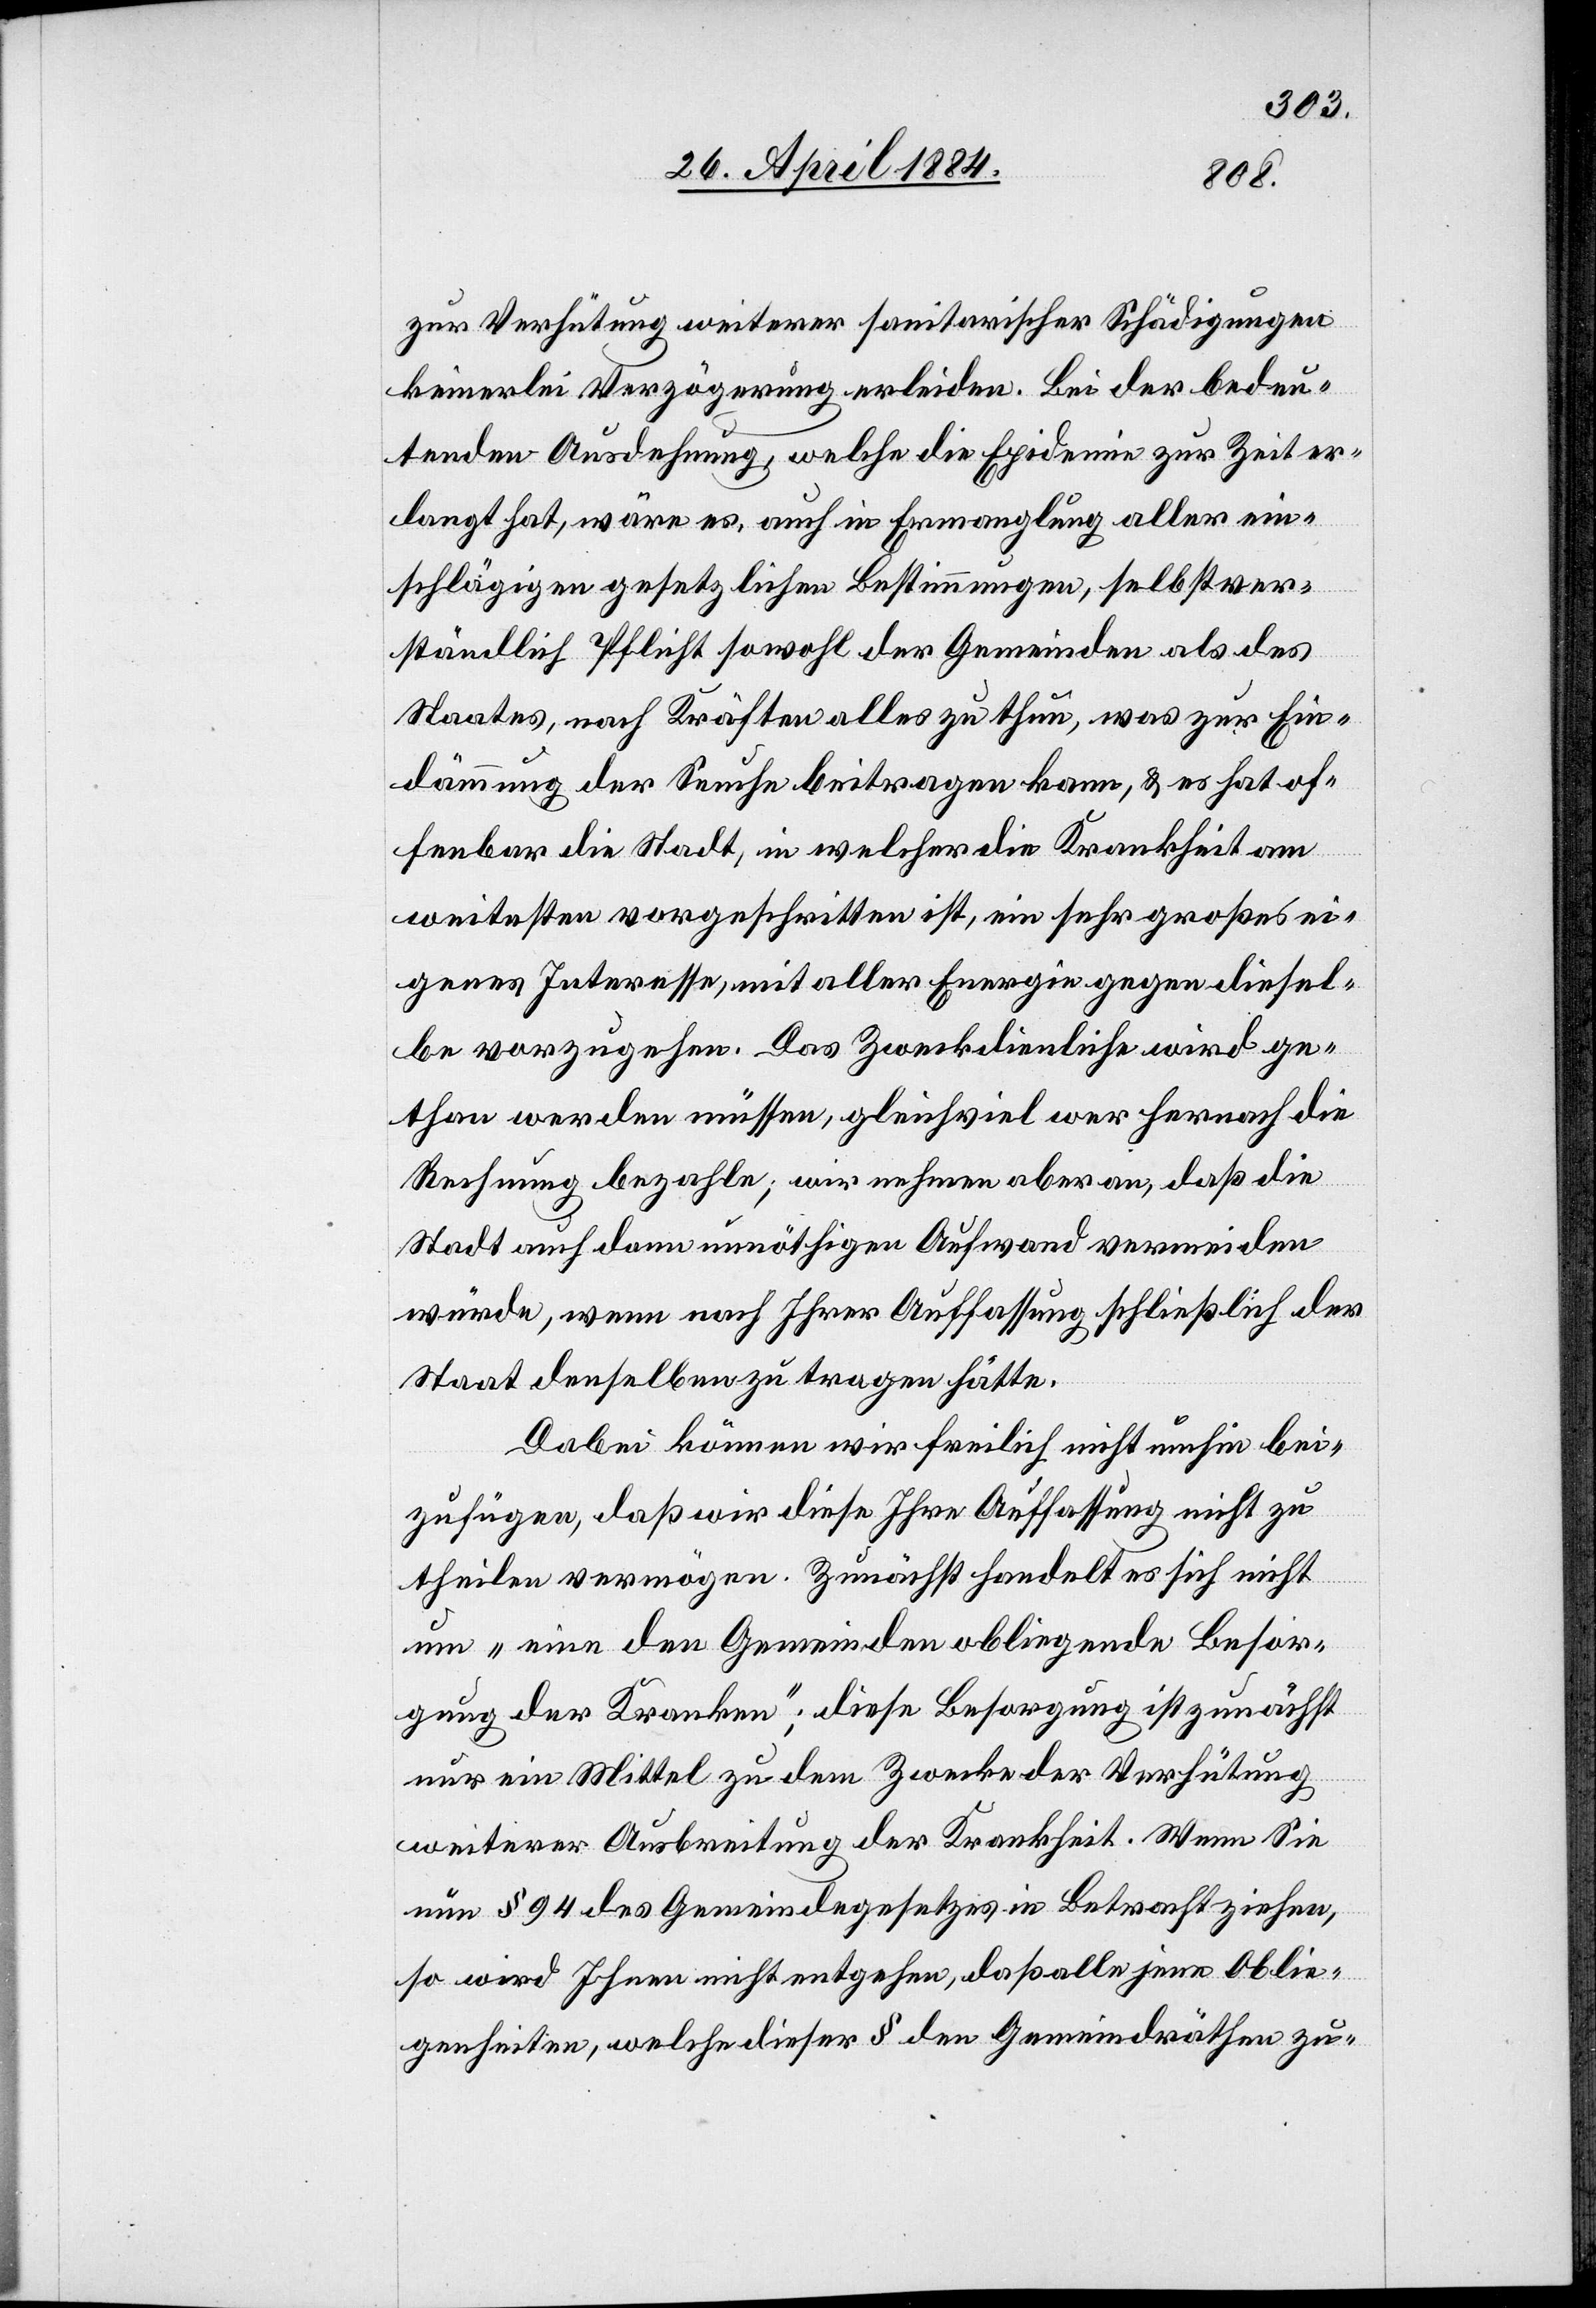
zur Verhütung weiterer sanitarischer Schädigungen
keinerlei Verzögerung erleiden. Bei der bedeu¬
tenden Ausdehnung, welche die Epidemie zur Zeit er¬
langt hat, wäre es, auch in Ermangelung aller ein¬
schlägigen gesetzlichen Bestimmungen, selbstver¬
ständlich Pflicht sowohl der Gemeinden als des
Staates, nach Kräften alles zu thun, was zur Ein¬
dämmung der Seuche beitragen kann, & es hat of¬
fenbar die Stadt, in welcher die Krankheit am
weitesten vorgeschritten ist, ein sehr großes ei¬
genes Interesse, mit aller Energie gegen diesel¬
be vorzugehen. Das Zweckdienliche wird ge¬
than werden müssen, gleichviel wer hernach die
Rechnung bezahle; wir nehmen aber an, daß die
Stadt auch dann unnötigen Aufwand vermeiden
würde, wenn nach ihrer Auffassung schließlich der
Staat denselben zu tragen hätte.
Dabei können wir freilich nicht umhin bei¬
zufügen, daß wir diese Ihre Auffassung nicht zu
theilen vermögen. Zunächst handelt es sich nicht
um „eine den Gemeinden obliegende Besor¬
gung der Kranken“; diese Besorgung ist zunächst
nur ein Mittel zu dem Zwecke der Verhütung
weiterer Ausbreitung der Krankheit. Wenn Sie
nun § 94 des Gemeindegesetzes in Betracht ziehen,
so wird Ihnen nicht entgehen, daß alle jene Oblie¬
genheiten, welche dieser § den Gemeindräthen zu-